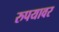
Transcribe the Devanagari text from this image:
रुपयावर